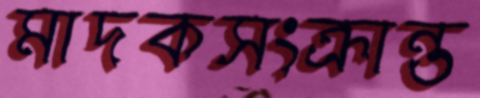
মাদকসংক্রান্ত